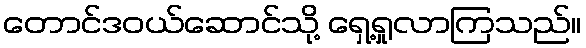
တောင်ဒဝယ်ဆောင်သို့ ရှေ့ရှုလာကြသည်။